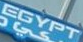
EGYPT